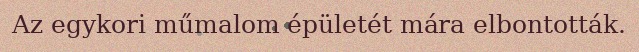
Az egykori műmalom épületét mára elbontották.